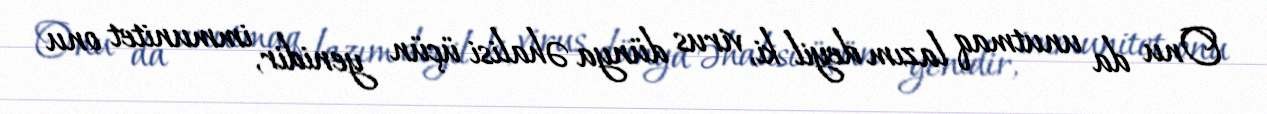
Onu da unutmaq lazım deyil ki, virus dünya əhalisi üçün yenidir, immunitet onu